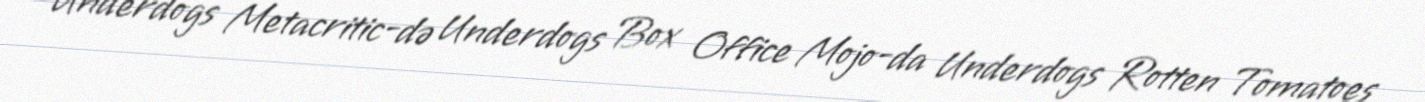
Underdogs Metacritic-də Underdogs Box Office Mojo-da Underdogs Rotten Tomatoes